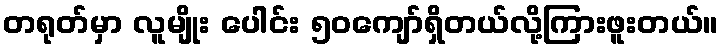
တရုတ်မှာ လူမျိုး ပေါင်း ၅၀ကျော်ရှိတယ်လို့ကြားဖူးတယ်။